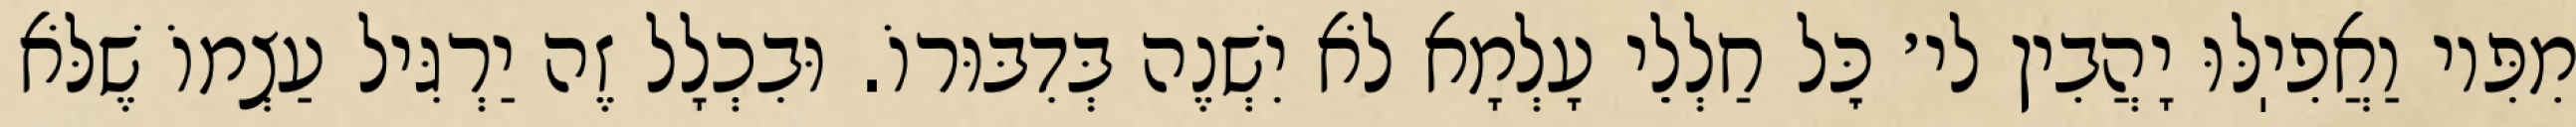
מִפִּיו וַאֲפִיֽלּוּ יָהֲבִין לי׳ כׇּל חַלְלֵי עָלְמָא לֹא יִשְׁנֶה בְּדִבּוּרוֹ. וּבִכְלָל זֶה יַרְגִּיל עַצְמוֹ שֶׁלֹּא